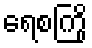
ရေစကြို